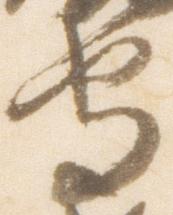
守